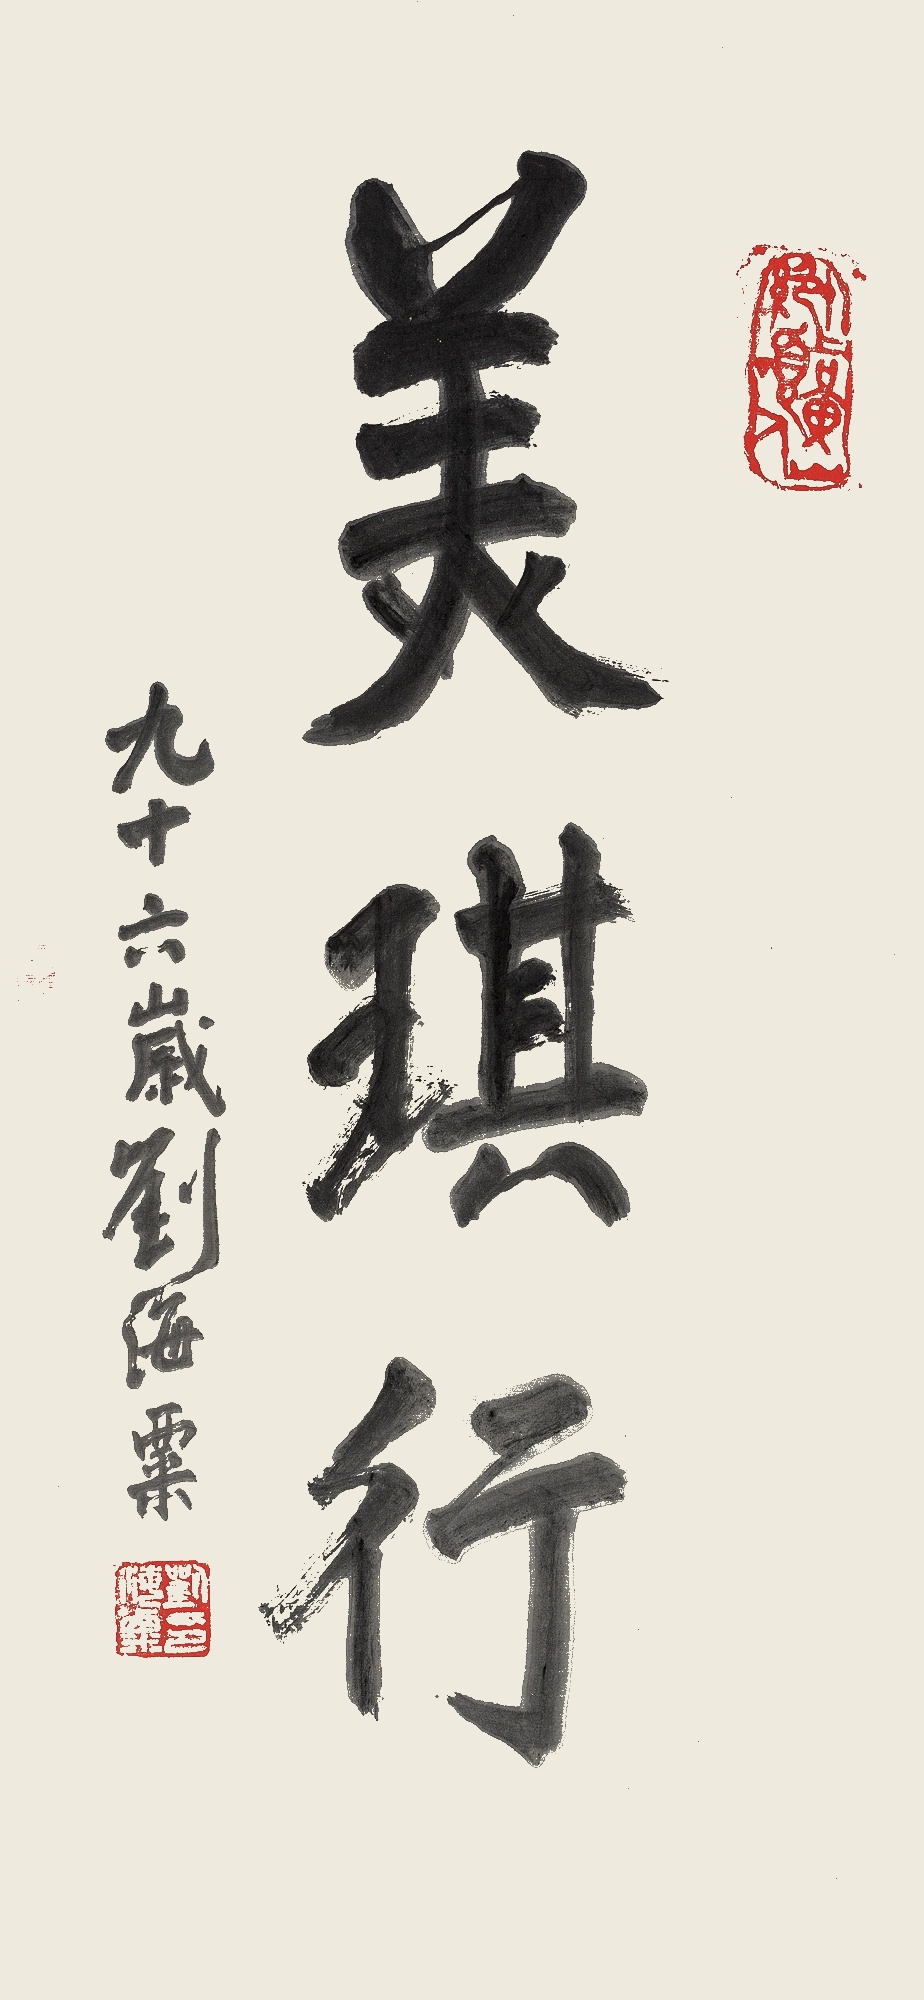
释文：美琪行九十六岁刘海粟。